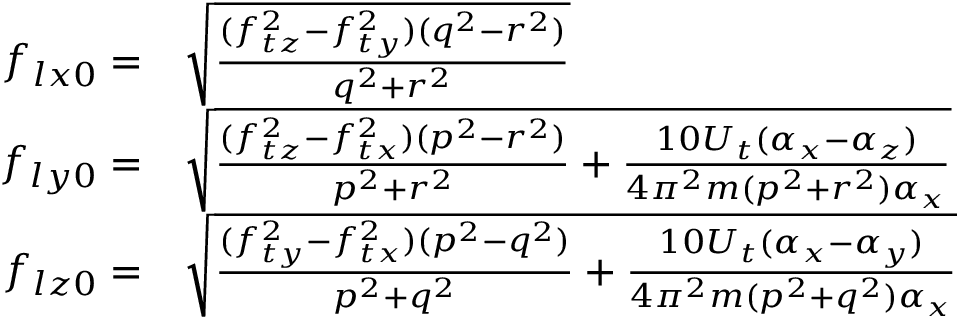
\begin{array} { r l } { f _ { l x 0 } = } & { { } \sqrt { \frac { ( f _ { t z } ^ { 2 } - f _ { t y } ^ { 2 } ) ( q ^ { 2 } - r ^ { 2 } ) } { q ^ { 2 } + r ^ { 2 } } } } \\ { f _ { l y 0 } = } & { { } \sqrt { \frac { ( f _ { t z } ^ { 2 } - f _ { t x } ^ { 2 } ) ( p ^ { 2 } - r ^ { 2 } ) } { p ^ { 2 } + r ^ { 2 } } + \frac { 1 0 U _ { t } ( \alpha _ { x } - \alpha _ { z } ) } { 4 \pi ^ { 2 } m ( p ^ { 2 } + r ^ { 2 } ) \alpha _ { x } } } } \\ { f _ { l z 0 } = } & { { } \sqrt { \frac { ( f _ { t y } ^ { 2 } - f _ { t x } ^ { 2 } ) ( p ^ { 2 } - q ^ { 2 } ) } { p ^ { 2 } + q ^ { 2 } } + \frac { 1 0 U _ { t } ( \alpha _ { x } - \alpha _ { y } ) } { 4 \pi ^ { 2 } m ( p ^ { 2 } + q ^ { 2 } ) \alpha _ { x } } } } \end{array}